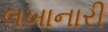
લખાનારી